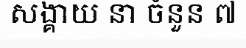
សង្គាយ នា ចំនួន ៧